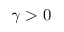
\gamma > 0